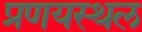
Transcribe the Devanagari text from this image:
प्रणयस्थल